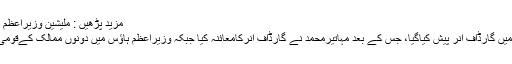
مزید پڑھیں : ملیشین وزیراعظم کےاعزازمیں گارڈآف آنر پیش
ملائیشین وزیراعظم کےاعزازمیں گارڈآف آنر پیش کیاگیا، جس کے بعد مہاتیرمحمد نے گارڈآف آنرکامعائنہ کیا جبکہ وزیراعظم ہاؤس میں دونوں ممالک کےقومی ترانوں کی دھنیں بجائی گئیں۔